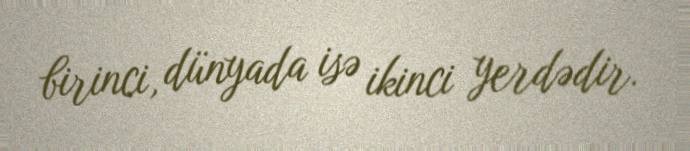
birinci, dünyada isə ikinci yerdədir.